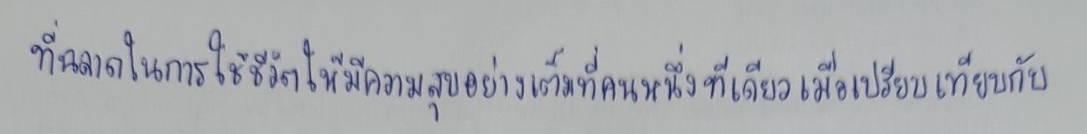
ที่ฉลาดในการใช้ชีวิตให้มีความสุขอย่างเต็มที่คนหนึ่งทีเดียวเมื่อเปรียบเทียบกับ